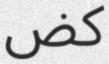
كض